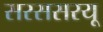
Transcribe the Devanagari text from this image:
सरससरयू